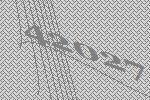
42027